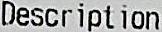
DESCRIPTION